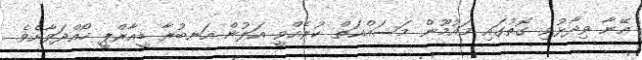
އޭނާ ވިދާޅުވި ގޮތުގައި މައުމޫން މަސައްކަތް ކުރެއްވީ އަލުން އަނބުރާ ޑީއާރްޕީ ހޯއްދަވާށެވެ.